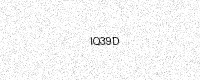
Text: IQ39D